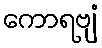
ကောရဗျံ